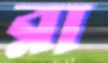
রা